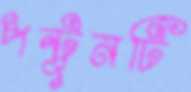
পন্টুনটি